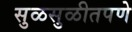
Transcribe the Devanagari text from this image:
सुळसुळीतपणे